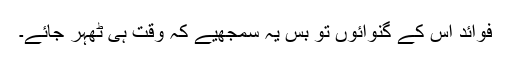
فوائد اس کے گنوائوں تو بس یہ سمجھیے کہ وقت ہی ٹھہر جائے۔